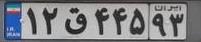
۱۲ق۴۴۵۹۳